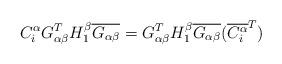
LaTeX: \begin{align*} C^{\alpha}_{i}G_{\alpha\beta}^TH^{\beta}_1\overline{G_{\alpha\beta}} =G_{\alpha\beta}^TH^{\beta}_1\overline{G_{\alpha\beta}}(\overline{C^{\alpha}_{i}}^{T})\end{align*}